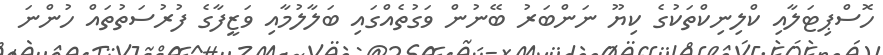
ހޮސްޕިޓަލާއި ކްލިނިކްތަކުގެ ކިޔޫ ނަންބަރު ބޭނުން ވަގުތެއްގައި ބަލާލުމާއި ވަޒީފާގެ ފުރުސަތުތައް ހުންނަ